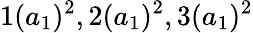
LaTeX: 1(a_{1})^{2},2(a_{1})^{2},3(a_{1})^{2}